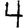
Digit: 4